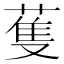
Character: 蒦